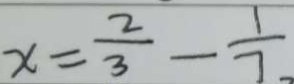
x = \frac { 2 } { 3 } - \frac { 1 } { 7 }